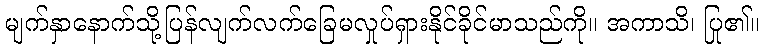
မျက်နှာနောက်သို့ပြန်လျက်လက်ခြေမလှုပ်ရှားနိုင်ခိုင်မာသည်ကို။ အကာသိ၊ ပြု၏။